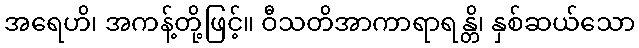
အရေဟိ၊ အကန့်တို့ဖြင့်။ ဝီသတိအာကာရာရန္တိ၊ နှစ်ဆယ်သော